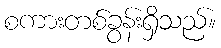
စကားတစ်ခွန်းရှိသည်။